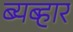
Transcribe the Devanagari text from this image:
ब्यब्हार